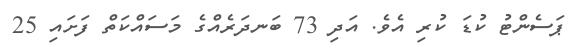
ޕަސެންޓު ކުޑަ ކުރި އެވެ. އަދި 73 ބަނދަރެއްގެ މަސައްކަތް ފަށައި 25